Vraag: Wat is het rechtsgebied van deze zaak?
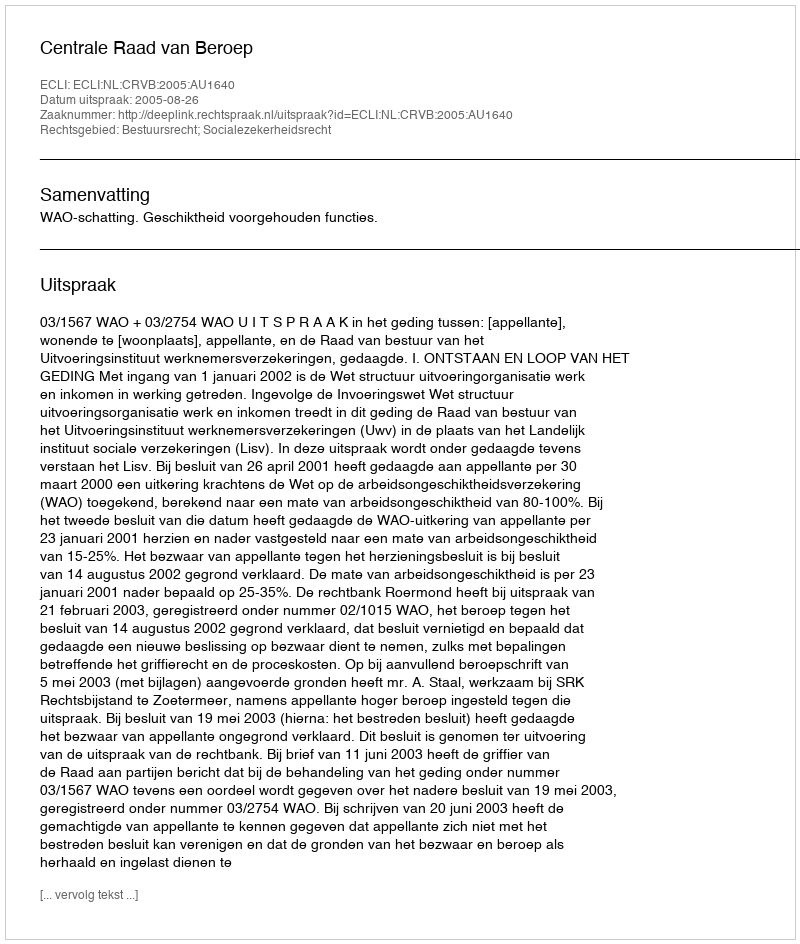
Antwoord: Bestuursrecht; Socialezekerheidsrecht